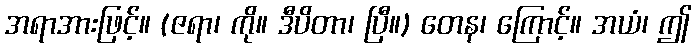
အရာအားဖြင့်။ (ဇရာ၊ ကို။ ဒီပိတာ၊ ပြီ။) တေန၊ ကြောင့်။ အယံ၊ ဤ